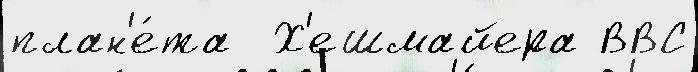
план'е́та  Х'ешмайера ВВС